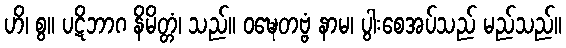
ဟိ၊ စွ။ ပဋိဘာဂ နိမိတ္တံ၊ သည်။ ဝဍ္ဎေတဗ္ဗံ နာမ၊ ပွါးစေအပ်သည် မည်သည်။